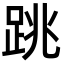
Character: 跳